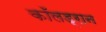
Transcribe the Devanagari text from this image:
कॉलड्रान